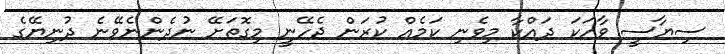
ސިޔާސީ ވާހަކަ ދައްކާ މިވެނި ކަމެއް ކުރަން ޖެހޭނީ މިގޮތަށޭ ނުދެންނެވޭނެ ދުނިޔޭގެ